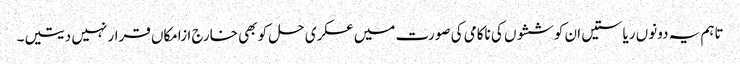
تاہم یہ دونوں ریاستیں ان کوششوں کی ناکامی کی صورت میں عسکری حل کو بھی خارج ازامکاں قرار نہیں دیتیں۔